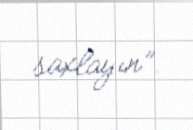
saxlayın”.